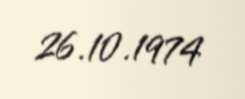
26.10.1974